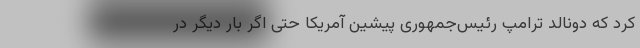
کرد که دونالد ترامپ رئیس‌جمهوری پیشین آمریکا حتی اگر بار دیگر در